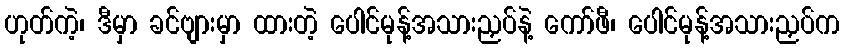
ဟုတ်ကဲ့၊ ဒီမှာ ခင်ဗျားမှာ ထားတဲ့ ပေါင်မုန့်အသားညှပ်နဲ့ ကော်ဖီ၊ ပေါင်မုန့်အသားညှပ်က